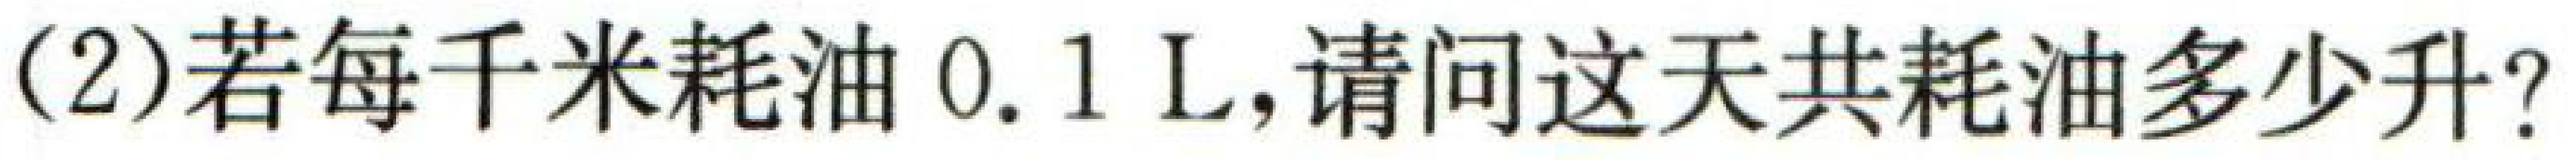
(2)若每千米耗油 \(0.1\ \mathrm{L}\)，请问这天共耗油多少升？